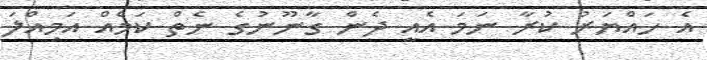
އެ ހައްޔަރު ކުރާ ނަމަ އެއީ ދެން ގާނޫނުގެ ނެތް ކަމެއް އަމިއްލަ